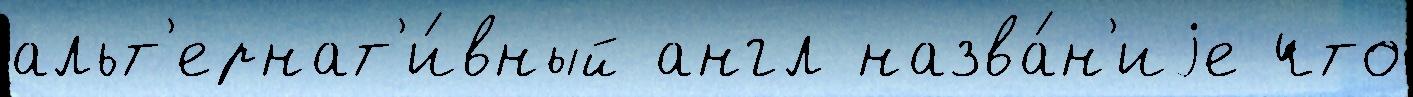
альт'ернат'и́вный англ назва́н'иjе что